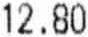
12.80